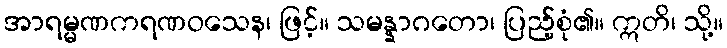
အာရမ္မဏကရဏဝသေန၊ ဖြင့်။ သမန္နာဂတော၊ ပြည့်စုံ၏။ ဣတိ၊ သို့။